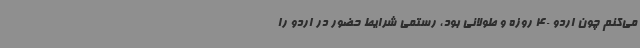
می‌کنم چون اردو 40 روزه و طولانی بود، رستمی شرایط حضور در اردو را